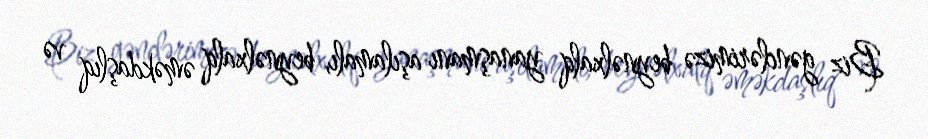
Biz gənclərimizə beynəlxalq yanaşmanı aşılamalı, beynəlxalq əməkdaşlıq və